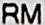
RM